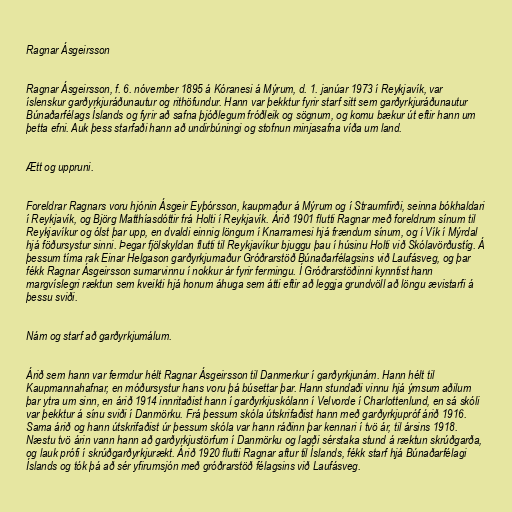
Ragnar Ásgeirsson

Ragnar Ásgeirsson, f. 6. nóvember 1895 á Kóranesi á Mýrum, d. 1. janúar 1973 í Reykjavík, var
íslenskur garðyrkjuráðunautur og rithöfundur. Hann var þekktur fyrir starf sitt sem garðyrkjuráðunautur
Búnaðarfélags Íslands og fyrir að safna þjóðlegum fróðleik og sögnum, og komu bækur út eftir hann um
þetta efni. Auk þess starfaði hann að undirbúningi og stofnun minjasafna víða um land.

Ætt og uppruni.

Foreldrar Ragnars voru hjónin Ásgeir Eyþórsson, kaupmaður á Mýrum og í Straumfirði, seinna bókhaldari
í Reykjavík, og Björg Matthíasdóttir frá Holti í Reykjavík. Árið 1901 flutti Ragnar með foreldrum sínum til
Reykjavíkur og ólst þar upp, en dvaldi einnig löngum í Knarrarnesi hjá frændum sínum, og í Vík í Mýrdal
hjá föðursystur sinni. Þegar fjölskyldan flutti til Reykjavíkur bjuggu þau í húsinu Holti við Skólavörðustíg. Á
þessum tíma rak Einar Helgason garðyrkjumaður Gróðrarstöð Búnaðarfélagsins við Laufásveg, og þar
fékk Ragnar Ásgeirsson sumarvinnu í nokkur ár fyrir fermingu. Í Gróðrarstöðinni kynntist hann
margvíslegri ræktun sem kveikti hjá honum áhuga sem átti eftir að leggja grundvöll að löngu ævistarfi á
þessu sviði.

Nám og starf að garðyrkjumálum.

Árið sem hann var fermdur hélt Ragnar Ásgeirsson til Danmerkur í garðyrkjunám. Hann hélt til
Kaupmannahafnar, en móðursystur hans voru þá búsettar þar. Hann stundaði vinnu hjá ýmsum aðilum
þar ytra um sinn, en árið 1914 innritaðist hann í garðyrkjuskólann í Velvorde í Charlottenlund, en sá skóli
var þekktur á sínu sviði í Danmörku. Frá þessum skóla útskrifaðist hann með garðyrkjupróf árið 1916.
Sama árið og hann útskrifaðist úr þessum skóla var hann ráðinn þar kennari í tvö ár, til ársins 1918.
Næstu tvö árin vann hann að garðyrkjustörfum í Danmörku og lagði sérstaka stund á ræktun skrúðgarða,
og lauk prófi í skrúðgarðyrkjurækt. Árið 1920 flutti Ragnar aftur til Íslands, fékk starf hjá Búnaðarfélagi
Íslands og tók þá að sér yfirumsjón með gróðrarstöð félagsins við Laufásveg.